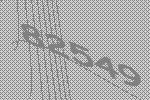
82549